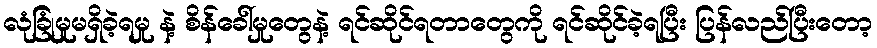
လုံခြုံမှုမရှိခဲ့ရမှု နဲ့ စိန်ခေါ်မှုတွေနဲ့ ရင်ဆိုင်ရတာတွေကို ရင်ဆိုင်ခဲ့ရပြီး ပြန်လည်ပြီးတော့